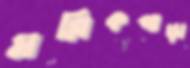
মল্লিকপাড়া